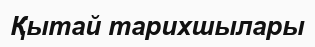
Қытай тарихшылары